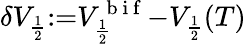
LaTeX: \delta V_{\frac{1}{2}}{:=}V_{\frac{1}{2}}^{\mathrm{~b~i~f~}}{-}V_{\frac{1}{2}}(T)